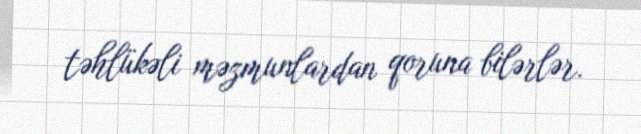
təhlükəli məzmunlardan qoruna bilərlər.